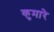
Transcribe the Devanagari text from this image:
कुमारे